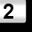
Digit: 2